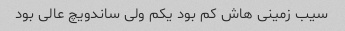
سیب زمینی هاش کم بود یکم ولی ساندویچ عالی بود